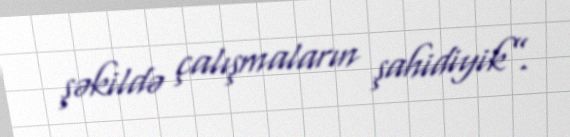
şəkildə çalışmaların şahidiyik”.